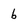
Character: b